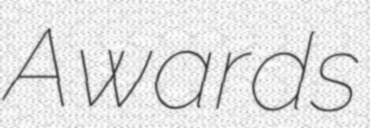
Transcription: Awards